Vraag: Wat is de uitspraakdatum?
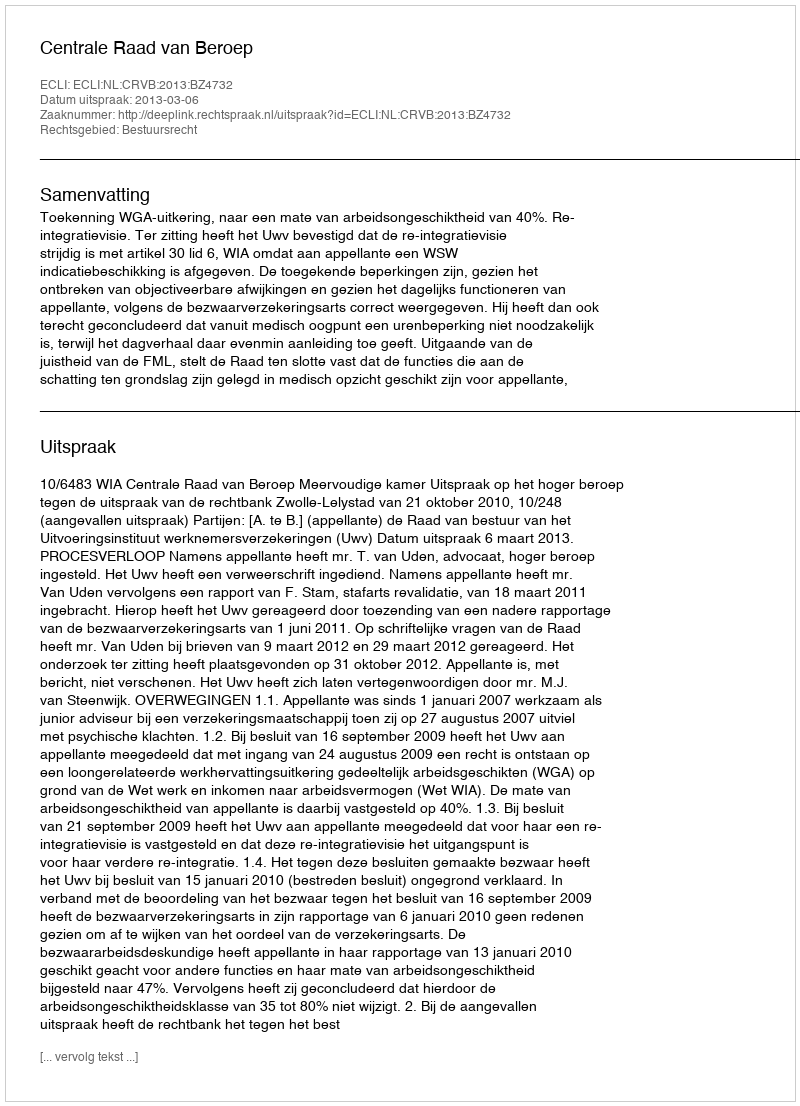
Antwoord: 2013-03-06